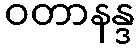
ဝတာနန္ဒ